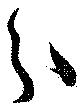
分